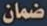
ضمان